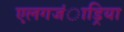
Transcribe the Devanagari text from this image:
एलगजंाड्रिया